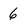
Character: 6